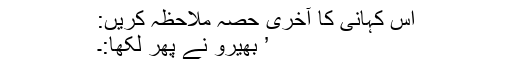
اس کہانی کا آخری حصّہ ملاحظہ کریں:
’ بھیرو نے پھر لکھا:۔